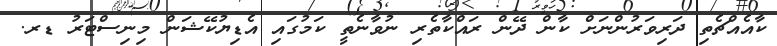
ކާއެއްޗެތި ދަރިވަރުންނަށް ކާން ދޭން ރައްކާތެރި ނުވާނެތީ ކަމުގައި އެޑިޔުކޭޝަން މިނިސްޓަރު ޑރ.